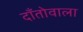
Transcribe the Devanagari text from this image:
दाँतोवाला